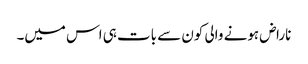
ناراض ہونے والی کون سے بات ہی اس میں۔